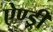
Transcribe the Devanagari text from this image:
ऐण्ड्री